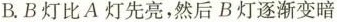
B.B灯比A灯先亮，然后B灯逐渐变暗